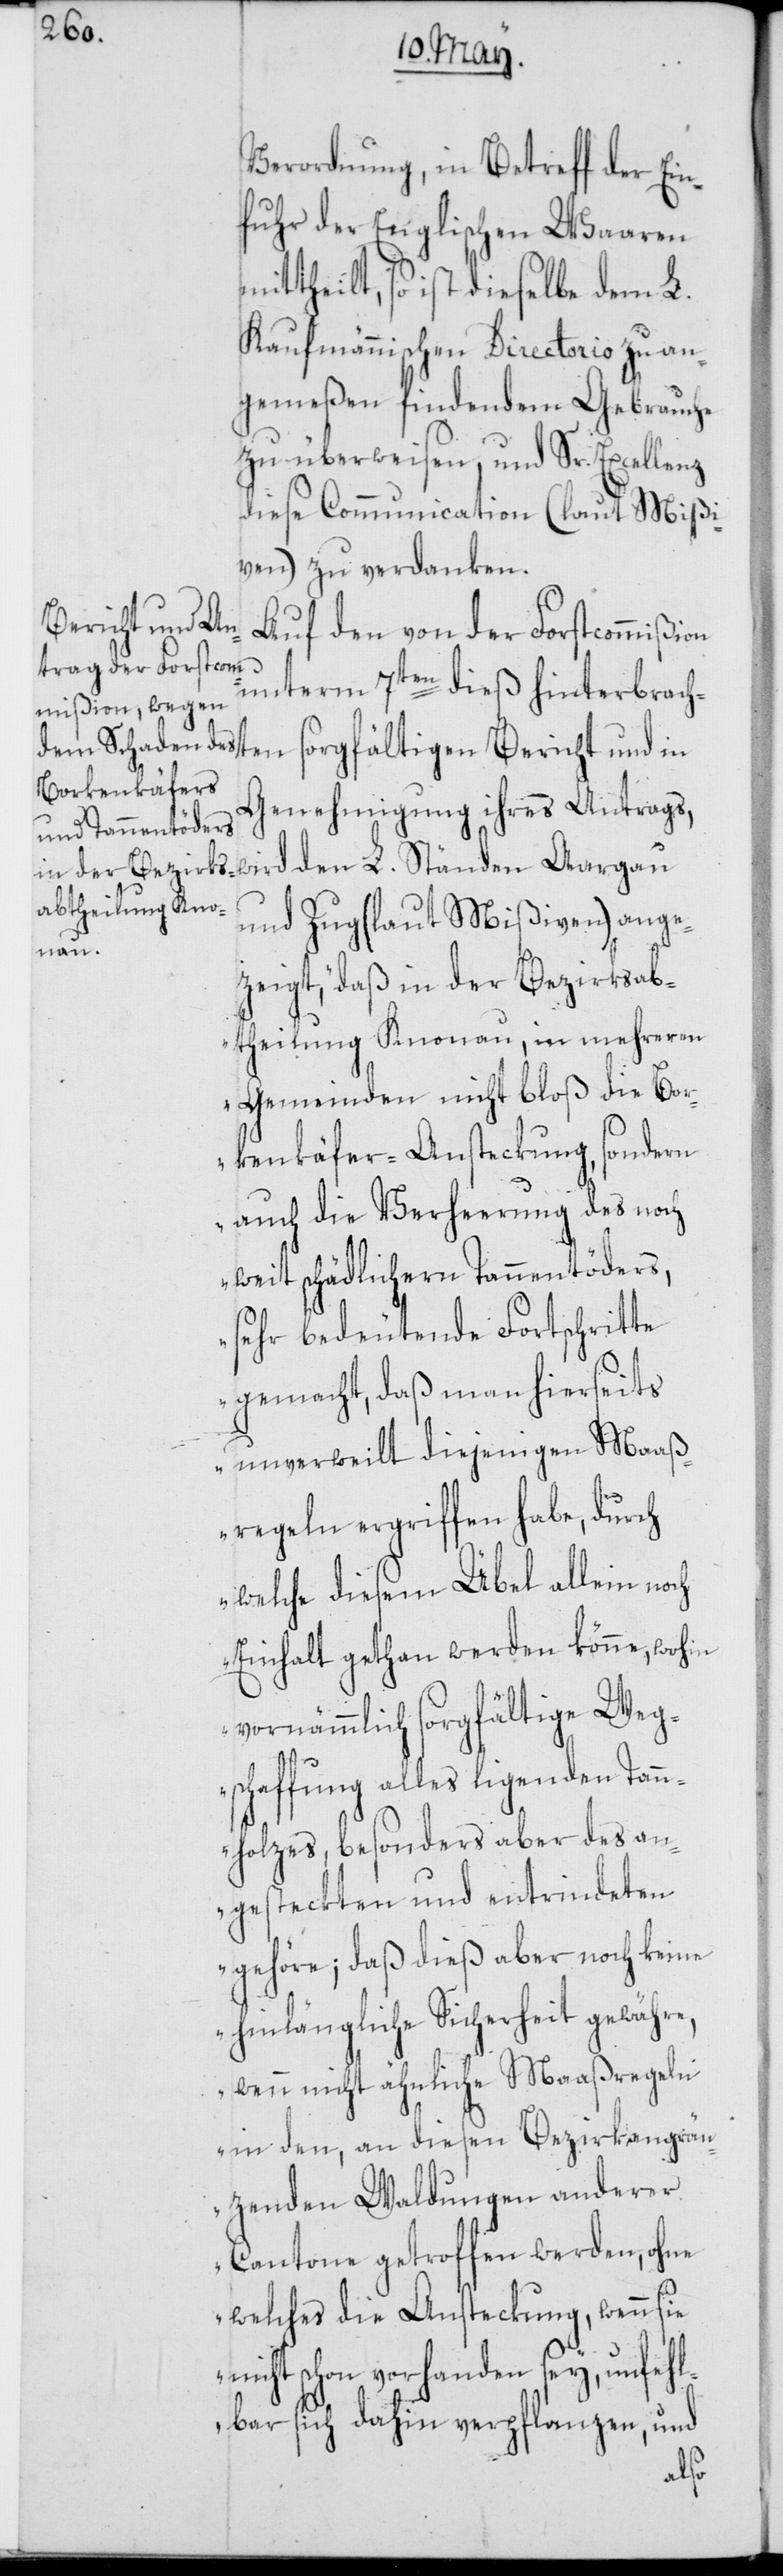
Verordnung, in Betreff der Ein¬
fuhr der Englischen Waaren
theilt, so ist dieselbe dem L.
Kaufmännischen Directorio zu an¬
gemeßen findendem Gebrauche
zu überweisen, und Sr. Excellenz
diese Communication (laut Mißi¬
ven) zu verdanken.
Bericht und in
Auf den von der Forstcommißion
unterm 7ten dieß hinterbrach¬
Genehmigung ihres Antrags,
wird den L. Ständen Aargau
und Zug (laut Mißiven) ange¬
ten
zeigt, „daß in der Bezirksab¬
theilung Knonau, in mehreren
Gemeinden nicht bloß die Bor¬
kenkäfer-Ansteckung, sondern
auch die Verheerung des noch
weit schädlichern Tannentöders,
sehr bedeutende Fortschritte
gemacht, daß man hierseits
unverweilt diejenigen Maaß¬
regeln ergriffen habe, durch
welche diesem Übel allein noch
Einhalt gethan werden könne, wohin
vornämmlich sorgfältige Weg¬
schaffung alles ligenden Tann¬
enholzes, besonders aber des an¬
gesteckten und entrindeten
gehöre; daß dies aber noch keine
hinlängliche Sicherheit gewähre,
wenn nicht ähnliche Maaßregeln
in den, an diesen Bezirk angrän¬
zenden Waldungen anderer
Cantone getroffen werden, ohne
welches die Ansteckung, wenn sie
nicht schon vorhanden sey, unfehl¬
bar sich dahin verpflanzen, und